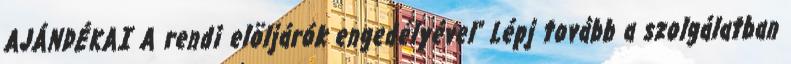
AJÁNDÉKAI A rendi elöljárók engedélyével" Lépj tovább a szolgálatban